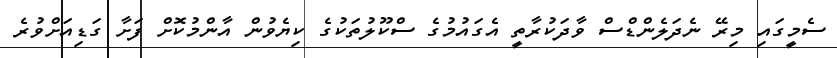
ސެމީގައި މިރޭ ނެދަލެންޑްސް ވާދަކުރާތީ އެގައުމުގެ ސްކޫލުތަކުގެ ކިޔެވުން އާންމުކޮށް ފަށާ ގަޑިއަށްވުރެ